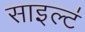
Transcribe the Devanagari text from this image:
साइल्ट॑